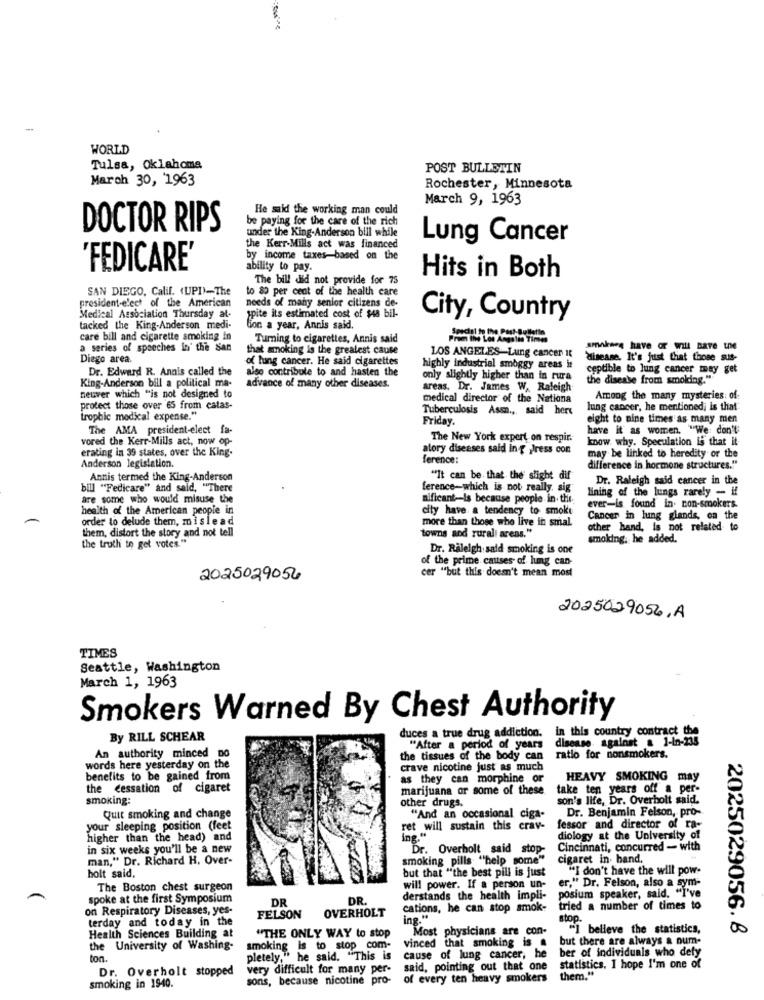
WORLD
Tulsa, Oklahoma
POST BULLETIN
March 30, '1963
Rochester, Minnesota
March 9, 1963
He said the working man could
be paying for the care of the rich
DOCTOR RIPS
under the King-Anderson bill while
Lung Cancer
the Kerr-Mills act was financed
by income taxes-based on the
'FEDICARE'
ability to pay.
The bill did not provide for 75
Hits in Both
SAN DIEGO, Calif. (UPI)-The
to 80 per cent of the health care
president-elect of the American
needs of many senior citizens de-
Medical Association Thursday al-
spite its estimated cost of sua bil-
City, Country
tacked the King-Anderson medi-
tion a year, Annis said.
care bill and cigarette smoking in
. Turning to cigarettes, Annis said
From the Los Angeles Times
a series of speeches la' the San
that smoking is the greatest cause
LOS ANGELES-Lung cancer It
smakarą have or will Bare UN
Diego area.
of lung cancer. He said cigarettes
disease. It's just that those sus-
Dr. Edward R. Annis called the
also contribute to and hasten the
highly industrial smoggy areas it
ceptible to lung cancer may get
King-Anderson bill a political ma-
only slightly higher than in rura
the disease from smolding.""
advance of many other diseases.
areas. Dr. James W, Raleigh
neuver which "is not designed to
medical director of the Nationa
Among the many mysteries: of
protect those over 65 from catas-
Tuberculosis Assn .,, said hert
lung cancer, he mentioned; is that
trophic medical expense."
Friday.
eight to nine times as many men
The AMA president-elect fa-
have it as women. "We: don't
vored the Kerr-Mills act, now op-
The New York expert on respir.
know why. Speculation is that it
erating in 39 states, over the King.
atory diseases said in { Jress con
may be linked to heredity or the
ference:
Anderson legislation.
difference in hormone structures."
Annis termed the King-Anderson
"It can be that the' slight dif
Dr. Raleigh said cancer in the
bill "Fedicare" and said, "There
ference-which is not really, sig
lining of the lungs rarely - if
are some who would misuse the
nificant-is because people in. the.
health of the American people in
city have a tendency to smoke
ever-is found in. non-smokers.
order to delude them, mislead
more than those who live in smal.
Cancer in lung glands, on the
them, distort the story and not tell
towns and rural areas."
other hand, is not related to
the truth to get votes."
smoking. he added.
Dr. Raleigh sald smoking is one
of the prime causes of lung can-
2025029056
cer "but this doesn't mean most
2025029056,A
TIMES
Seattle, Washington
March 1, 1963
Smokers Warned By Chest Authority
in this country contract the
By RILL SCHEAR
duces a true drug addiction.
disease against & 1-tn-235
"After a period of years
An authority minced Do
the tissues of the body can
ratio for nonsmokers.
words here yesterday on the
crave nicotine just as much
benefits to be gained from
as they can morphine or
HEAVY SMOKING may
the cessation of cigaret
marijuana or some of these
take ten years off a per-
smoking:
other drugs.
son's life, Dr. Overholt said.
Dr. Benjamin Felson, pro-
Quit smoking and change
"And an occasional ciga-
your sleeping position (feet
ret will sustain this crav-
fessor and director of ra-
higher than the head) and
ing.
diology at the University of
in six weeks you'll be a new
Dr. Overholt said stop-
Cincinnati, concurred - with
man," Dr. Richard H. Over-
smoking pills "help some"
cigaret in. band.
but that "the best pill is just
"I don't have the will pow-
holt said.
er," Dr. Felson, also a sym-
The Boston chest surgeon
will power. If a person un-
posium speaker, said, "I've
spoke at the first Symposium
DR
DR.
derstands the health impli-
on Respiratory Diseases, yes-
OVERHOLT
cations, he can stop smok-
tried a number of times to
terday and today in the
FELSON
stop.
Health Sciences Building at
Most physicians are con-
"I believe the statistics,
2025029056. 8
"THE ONLY WAY to stop
vinced that smoking is a
but there are always a num-
the
the University of Washing-
smoking is to stop com-
ber of individuals who defy
ton.
." he said. "This is
cause of lung cancer, he
Dr. Overholt stopped
very difficult for many per-
said, pointing out that one
statistics. I hope I'm one of
sons, because nicotine pro-
of every ten heavy smokers
them."
smoking in 1940.